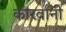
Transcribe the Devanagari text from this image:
कारवानी